Plague in India, 1896, 1897 - Volume 3
Year: 1896
Disease focus: Plague
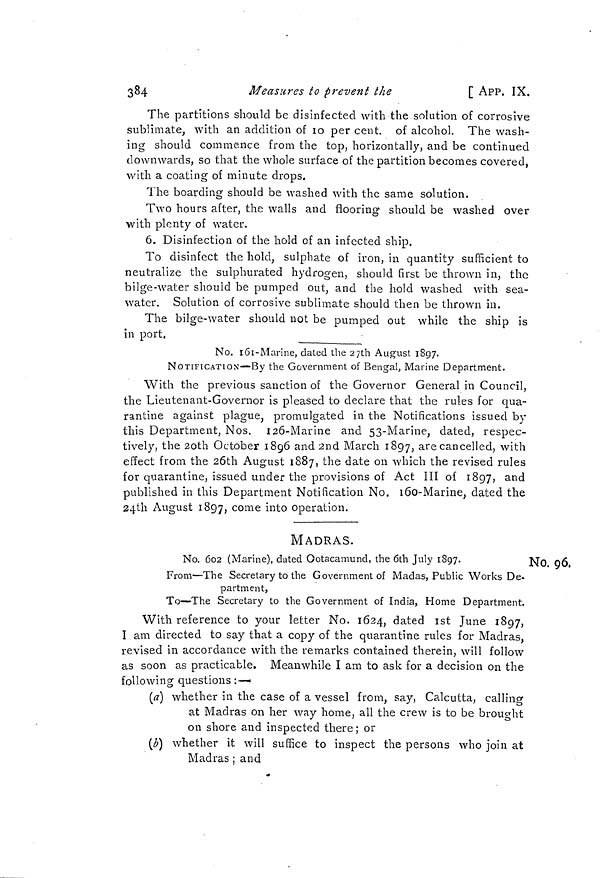
384
Measures to prevent the
[ APP. IX.
The partitions should be disinfected with the solution of corrosive
sublimate, with an addition of 10 per cent, of alcohol. The wash-
ing should commence from the top, horizontally, and be continued
downwards, so that the whole surface of the partition becomes covered,
with a coating of minute drops.
The boarding should be washed with the same solution.
Two hours after, the walls and flooring should be washed over
with plenty of water.
6. Disinfection of the hold of an infected ship.
To disinfect the hold, sulphate of iron, in quantity sufficient to
neutralize the sulphurated hydrogen, should first be thrown in, the
bilge-water should be pumped out, and the hold washed with sea-
water. Solution of corrosive sublimate should then be thrown in.
The bilge-water should not be pumped out while the ship is
in port.
No. 161-Marine, dated the 27th August 1897.
NOTIFICATION—By the Government of Bengal, Marine Department.
With the previous sanction of the Governor General in Council,
the Lieutenant-Governor is pleased to declare that the rules for qua-
rantine against plague, promulgated in the Notifications issued by
this Department, Nos. 126-Marine and 53-Marine, dated, respec-
tively, the 20th October 1896 and 2nd March 1897, are cancelled, with
effect from the 26th August 1887, the date on which the revised rules
for quarantine, issued under the provisions of Act III of 1897, and
published in this Department Notification No. 160-Marine, dated the
24th August 1897, com e into operation.
MADRAS.
No. 96,
No. 602 (Marine), dated Ootacamund, the 6th July 1897.
From—The Secretary to the Government of Madas 3 Public Works De-
partaient,
To—The Secretary to the Government of India, Home Department.
With reference to your letter No. 1624, dated 1st June 1897,
I am directed to say that a copy of the quarantine rules for Madras,
revised in accordance with the remarks contained therein, will follow
as soon as practicable. Meanwhile I am to ask for a decision on the
following questions :—-
(a) whether in the case of a vessel from, say, Calcutta, calling
at Madras on her way home, all the crew is to be brought
on shore and inspected there ; or
(b) whether it will suffice to inspect the persons who join at
Madras ; and